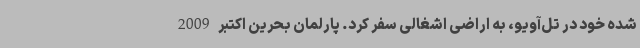
شده خود در تل‌آویو، به اراضی اشغالی سفر کرد. پارلمان بحرین اکتبر 2009